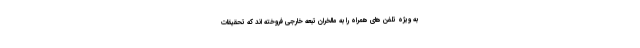
به ویژه تلفن های همراه را به مالخران تبعه خارجی فروخته اند که تحقیقات